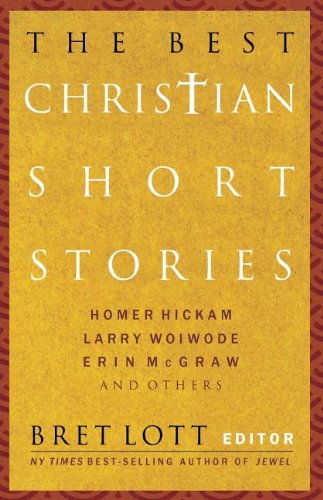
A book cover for The Best Christian Short Stories; Religion & Spirituality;